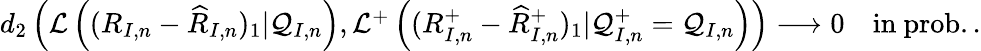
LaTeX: \begin{array}{r}{d_{2}\left(\mathcal{L}\left((R_{I,n}-\widehat{R}_{I,n})_{1}|\mathcal{Q}_{I,n}\right),\mathcal{L}^{+}\left((R_{I,n}^{+}-\widehat{R}_{I,n}^{+})_{1}|\mathcal{Q}_{I,n}^{+}=\mathcal{Q}_{I,n}\right)\right)\longrightarrow 0\quad\mathrm{in~prob..}}\end{array}